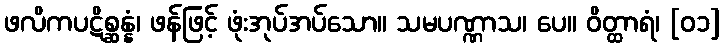
ဖလိကပဋိစ္ဆန္နံ၊ ဖန်ဖြင့် ဖုံးအုပ်အပ်သော။ သမပဏ္ဏာသ၊ ပေ။ ဝိတ္ထာရံ၊ [၀၁]